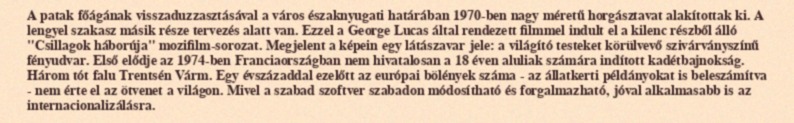
A patak főágának visszaduzzasztásával a város északnyugati határában 1970-ben nagy méretű horgásztavat alakítottak ki. A lengyel szakasz másik része tervezés alatt van. Ezzel a George Lucas által rendezett filmmel indult el a kilenc részből álló "Csillagok háborúja" mozifilm-sorozat. Megjelent a képein egy látászavar jele: a világító testeket körülvevő szivárványszínű fényudvar. Első elődje az 1974-ben Franciaországban nem hivatalosan a 18 éven aluliak számára indított kadétbajnokság. Három tót falu Trentsén Várm. Egy évszázaddal ezelőtt az európai bölények száma - az állatkerti példányokat is beleszámítva - nem érte el az ötvenet a világon. Mivel a szabad szoftver szabadon módosítható és forgalmazható, jóval alkalmasabb is az internacionalizálásra.